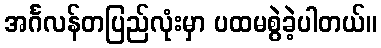
အင်္ဂလန်တပြည်လုံးမှာ ပထမစွဲခဲ့ပါတယ်။